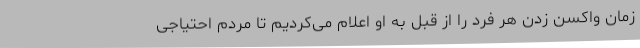
زمان واکسن زدن هر فرد را از قبل به او اعلام می‌کردیم تا مردم احتیاجی